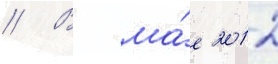
// В ма́е 2012